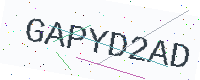
Text: GAPYD2AD